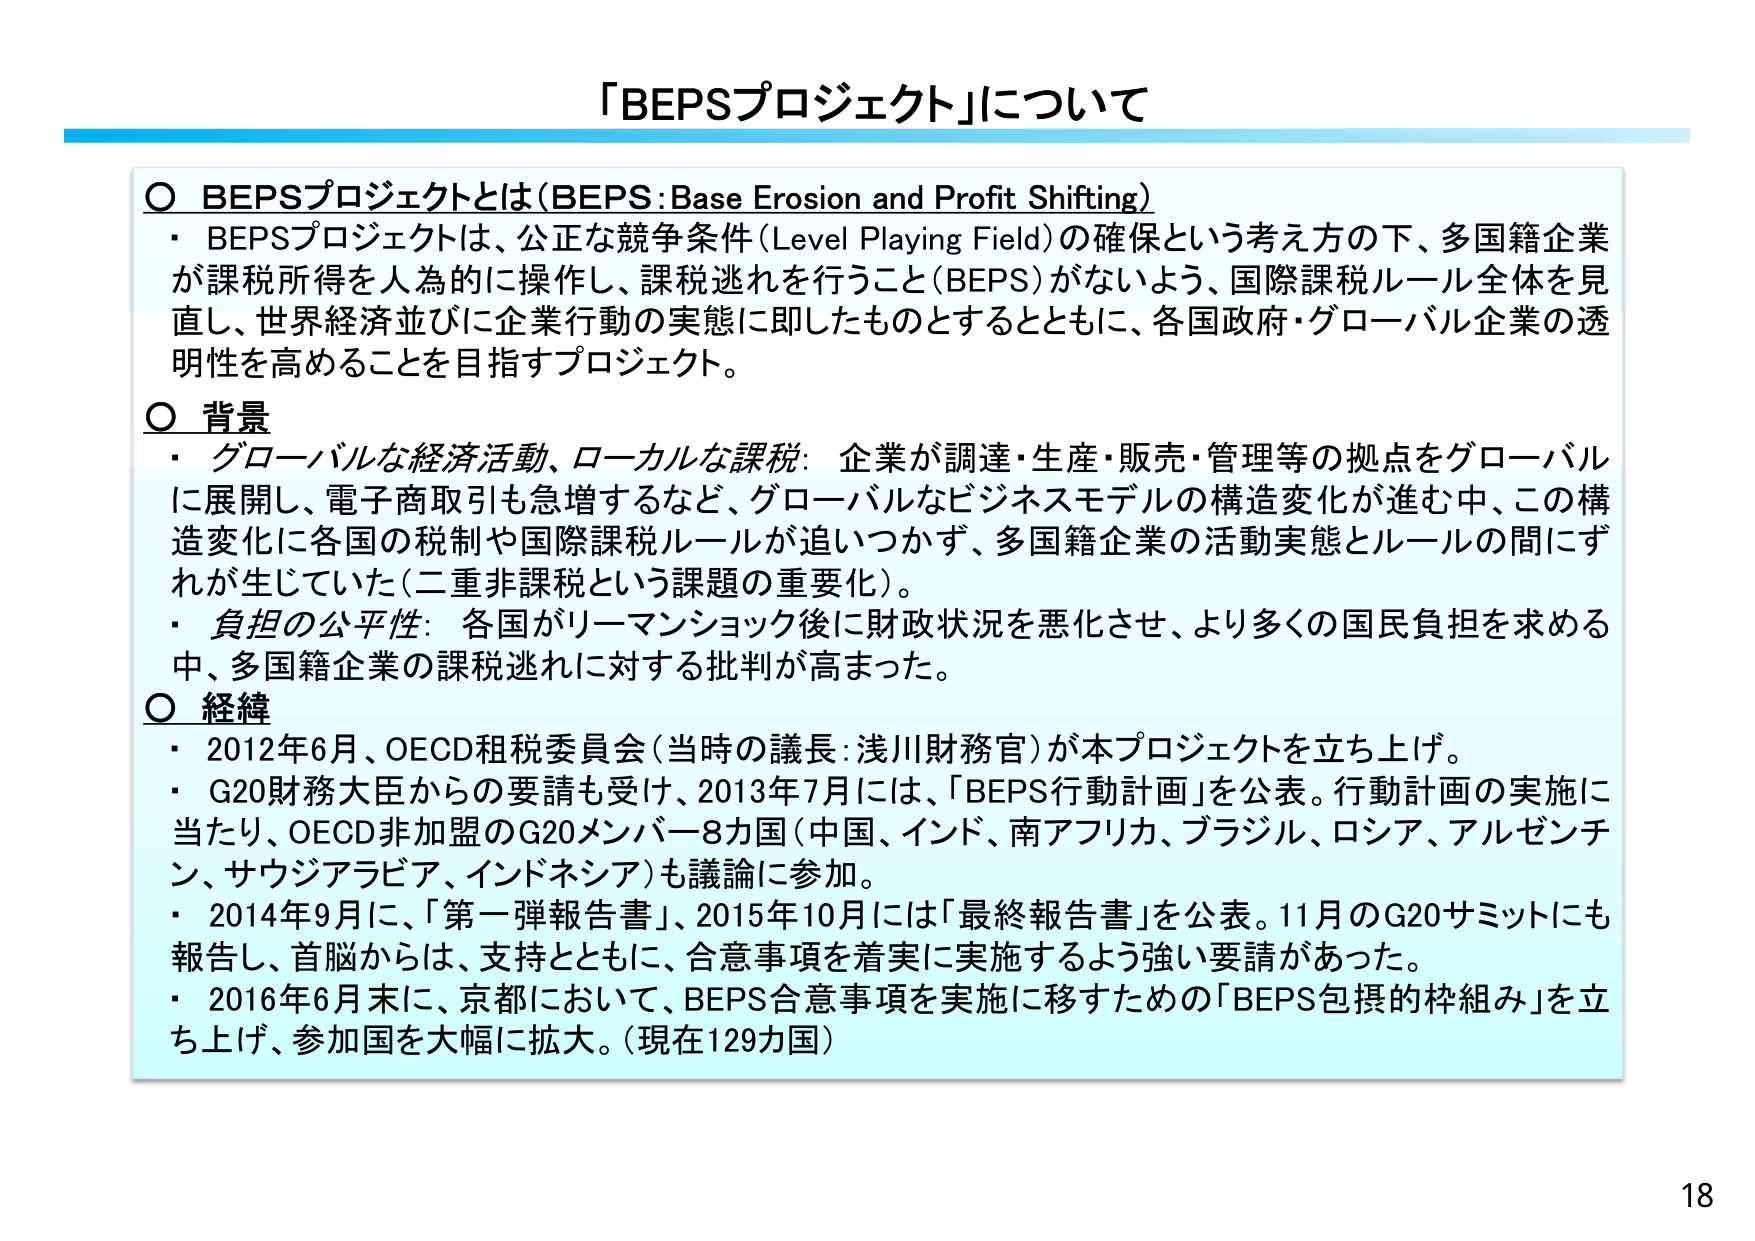
「BEPSプロジェクト」について

○ BEPSプロジェクトとは（BEPS : Base Erosion and Profit Shifting）
・ BEPSプロジェクトは、公正な競争条件（Level Playing Field）の確保という考え方の下、多国籍企業が課税所得を人為的に操作し、課税逃れを行うこと（BEPS）がないよう、国際課税ルール全体を見直し、世界経済並びに企業行動の実態に即したものとするとともに、各国政府・グローバル企業の透明性を高めることを目指すプロジェクト。

○ 背景
・ グローバルな経済活動、ローカルな課税：企業が調達・生産・販売・管理等の拠点をグローバルに展開し、電子商取引も急増するなど、グローバルなビジネスモデルの構造変化が進む中、この構造変化に各国の税制や国際課税ルールが追いつかず、多国籍企業の活動実態とルールの間にずれが生じていた（二重非課税という課題の重要化）。
・ 負担の公平性：各国がリーマンショック後に財政状況を悪化させ、より多くの国民負担を求める中、多国籍企業の課税逃れに対する批判が高まった。

○ 経緯
・ 2012年6月、OECD租税委員会（当時の議長：浅川財務官）が本プロジェクトを立ち上げ。
・ G20財務大臣からの要請も受け、2013年7月には、「BEPS行動計画」を公表。行動計画の実施に当たり、OECD非加盟のG20メンバー8カ国（中国、インド、南アフリカ、ブラジル、ロシア、アルゼンチン、サウジアラビア、インドネシア）も議論に参加。
・ 2014年9月に、「第一弾報告書」、2015年10月には「最終報告書」を公表。11月のG20サミットにも報告し、首脳からは、支持とともに、合意事項を着実に実施するよう強い要請があった。
・ 2016年6月末に、京都において、BEPS合意事項を実施に移すための「BEPS包摂的枠組み」を立ち上げ、参加国を大幅に拡大。（現在129カ国）

18